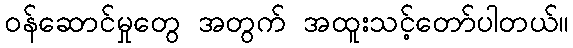
ဝန်ဆောင်မှုတွေ အတွက် အထူးသင့်တော်ပါတယ်။